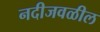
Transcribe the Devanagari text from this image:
नदीजवळील